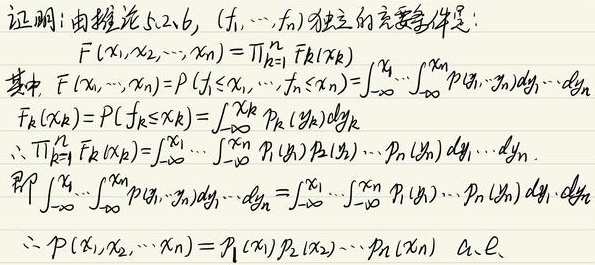
证明：由推论5.2.6，\((f_1, \cdots, f_n)\) 独立的充要条件是：
\[
F(x_1,x_2,\cdots,x_n)=\prod_{k = 1}^{n}F_k(x_k)
\]
其中，\(F(x_1,\cdots,x_n)=P(f_1\leq x_1,\cdots,f_n\leq x_n)=\int_{-\infty}^{x_1}\cdots\int_{-\infty}^{x_n}p(y_1,\cdots,y_n)dy_1\cdots dy_n\)
\[
F_k(x_k)=P(f_k\leq x_k)=\int_{-\infty}^{x_k}p_k(y_k)dy_k
\]
\(\therefore\prod_{k = 1}^{n}F_k(x_k)=\int_{-\infty}^{x_1}\cdots\int_{-\infty}^{x_n}p_1(y_1)p_2(y_2)\cdots p_n(y_n)dy_1\cdots dy_n\)
即\(\int_{-\infty}^{x_1}\cdots\int_{-\infty}^{x_n}p(y_1,\cdots,y_n)dy_1\cdots dy_n=\int_{-\infty}^{x_1}\cdots\int_{-\infty}^{x_n}p_1(y_1)\cdots p_n(y_n)dy_1\cdots dy_n\)
\(\therefore p(x_1,x_2,\cdots,x_n)=p_1(x_1)p_2(x_2)\cdots p_n(x_n)\ a.e.\)